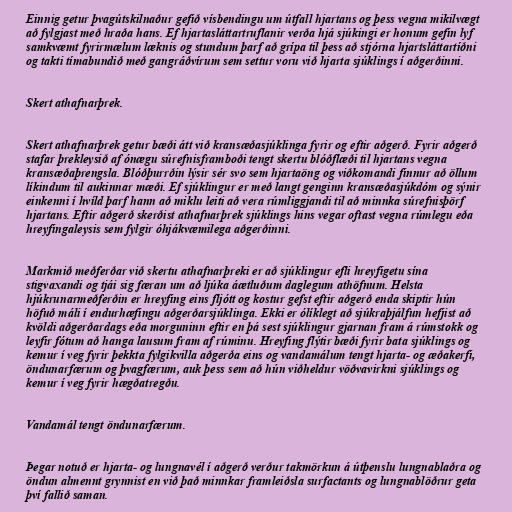
Einnig getur þvagútskilnaður gefið vísbendingu um útfall hjartans og þess vegna mikilvægt
að fylgjast með hraða hans. Ef hjartasláttartruflanir verða hjá sjúkingi er honum gefin lyf
samkvæmt fyrirmælum læknis og stundum þarf að grípa til þess að stjórna hjartsláttartíðni
og takti tímabundið með gangráðvírum sem settur voru við hjarta sjúklings í aðgerðinni.

Skert athafnarþrek.

Skert athafnarþrek getur bæði átt við kransæðasjúklinga fyrir og eftir aðgerð. Fyrir aðgerð
stafar þrekleysið af ónægu súrefnisframboði tengt skertu blóðflæði til hjartans vegna
kransæðaþrengsla. Blóðþurrðin lýsir sér svo sem hjartaöng og viðkomandi finnur að öllum
líkindum til aukinnar mæði. Ef sjúklingur er með langt genginn kransæðasjúkdóm og sýnir
einkenni í hvíld þarf hann að miklu leiti að vera rúmliggjandi til að minnka súrefnisþörf
hjartans. Eftir aðgerð skerðist athafnarþrek sjúklings hins vegar oftast vegna rúmlegu eða
hreyfingaleysis sem fylgir óhjákvæmilega aðgerðinni.

Markmið meðferðar við skertu athafnarþreki er að sjúklingur efli hreyfigetu sína
stigvaxandi og tjái sig færan um að ljúka áætluðum daglegum athöfnum. Helsta
hjúkrunarmeðferðin er hreyfing eins fljótt og kostur gefst eftir aðgerð enda skiptir hún
höfuð máli í endurhæfingu aðgerðarsjúklinga. Ekki er ólíklegt að sjúkraþjálfun hefjist að
kvöldi aðgerðardags eða morguninn eftir en þá sest sjúklingur gjarnan fram á rúmstokk og
leyfir fótum að hanga lausum fram af rúminu. Hreyfing flýtir bæði fyrir bata sjúklings og
kemur í veg fyrir þekkta fylgikvilla aðgerða eins og vandamálum tengt hjarta- og æðakerfi,
öndunarfærum og þvagfærum, auk þess sem að hún viðheldur vöðvavirkni sjúklings og
kemur í veg fyrir hægðatregðu.

Vandamál tengt öndunarfærum.

Þegar notuð er hjarta- og lungnavél í aðgerð verður takmörkun á útþenslu lungnablaðra og
öndun almennt grynnist en við það minnkar framleiðsla surfactants og lungnablöðrur geta
því fallið saman.